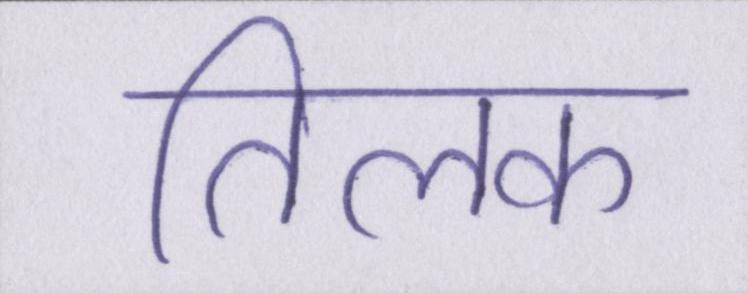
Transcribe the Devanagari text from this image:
तिलक